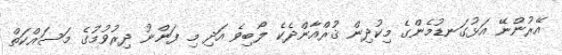
އޭރުންނޭ އަޅުގަނޑުމެންގެ މިކުދިން ޤުރްއާންދެކެ ލޯބިވެ އަދި މި ފަންނު ދިރުވުމުގެ މަސައްކަތް